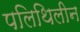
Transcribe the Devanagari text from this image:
पलिथिलीन